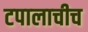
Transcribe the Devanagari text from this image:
टपालाचीच